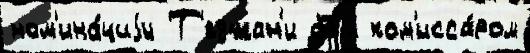
ном'ина́циjи Т'еджан'и был ком'исса́ром